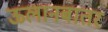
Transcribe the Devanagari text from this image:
ऊलानबातर